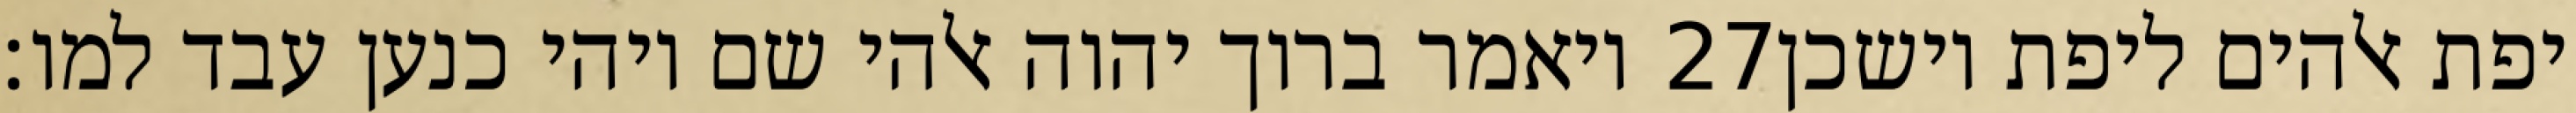
ויאמר ברוך יהוה אלהי שם ויהי כנען עבד למו׃ ‎27‏ יפת אלהים ליפת וישכן